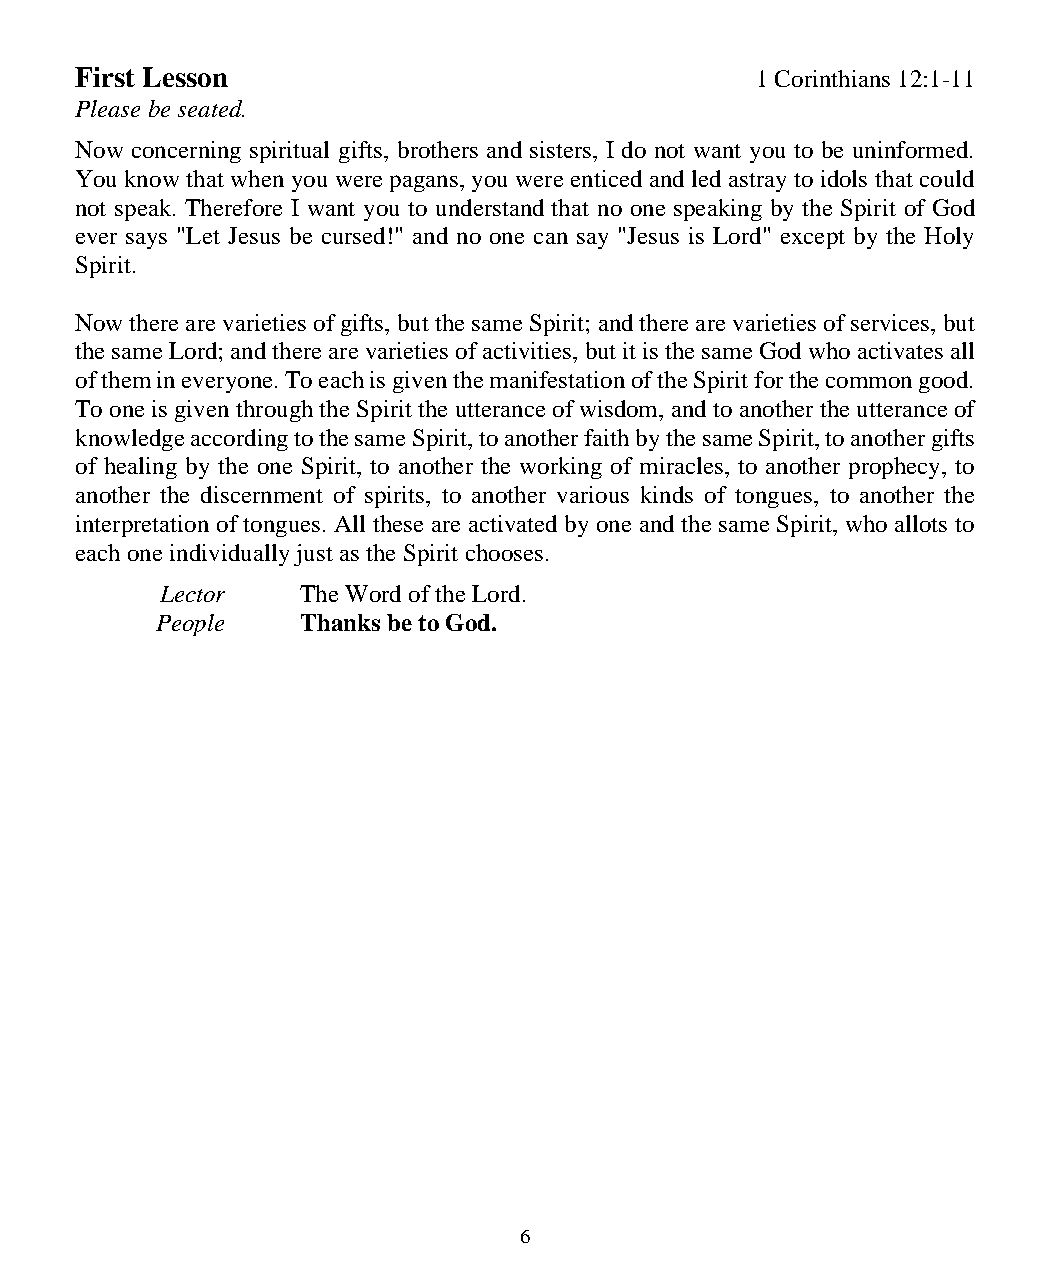
First Lesson                                 1 Corinthians 12:1-11
 Please be seated.
 Now concerning spiritual gifts, brothers and sisters, I do not want you to be uninformed.
 You know that when you were pagans, you were enticed and led astray to idols that could
 not speak. Therefore I want you to understand that no one speaking by the Spirit of God
 ever says "Let Jesus be cursed!" and no one can say "Jesus is Lord" except by the Holy
 Spirit.
 Now there are varieties of gifts, but the same Spirit; and there are varieties of services, but
 the same Lord; and there are varieties of activities, but it is the same God who activates all
 of them in everyone. To each is given the manifestation of the Spirit for the common good.
 To one is given through the Spirit the utterance of wisdom, and to another the utterance of
 knowledge according to the same Spirit, to another faith by the same Spirit, to another gifts
 of healing by the one Spirit, to another the working of miracles, to another prophecy, to
 another the discernment of spirits, to another various kinds of tongues, to another the
 interpretation of tongues. All these are activated by one and the same Spirit, who allots to
 each one individually just as the Spirit chooses.
 Lector   The Word of the Lord.
 People    Thanks be to God.
 6